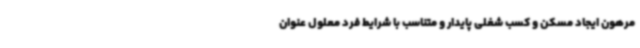
مرهون ایجاد مسکن و کسب شغلی پایدار و متناسب با شرایط فرد معلول عنوان